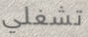
تشغلي